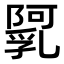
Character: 𨼼